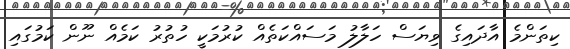
ކިތަންމެ އާދައިގެ ވިޔަސް ހަލާލު މަސައްކަތެއް ކުރުމަކީ ހުތުރު ކަމެއް ނޫން ކަމުގައި